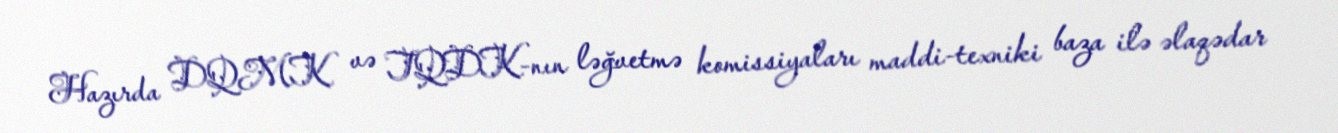
Hazırda DQMK və TQDK-nın ləğvetmə komissiyaları maddi-texniki baza ilə əlaqədar